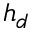
h _ { d }